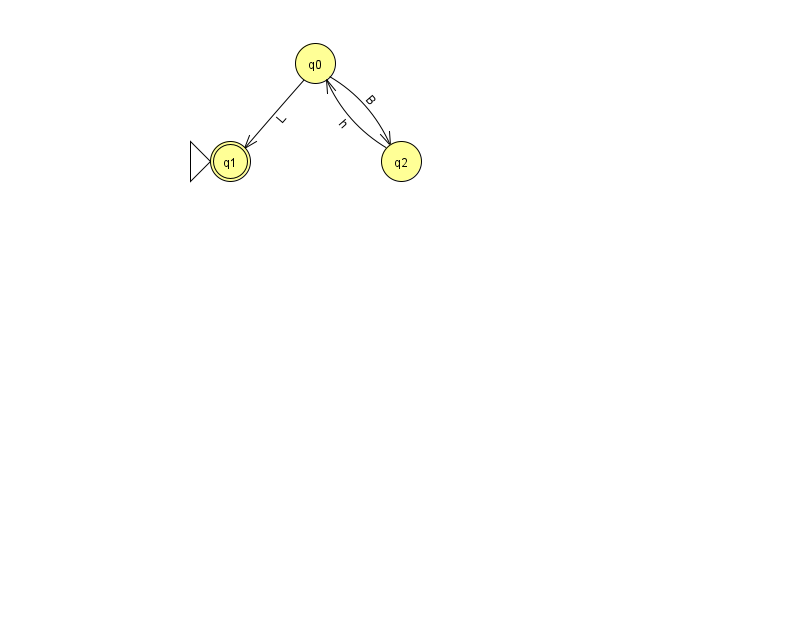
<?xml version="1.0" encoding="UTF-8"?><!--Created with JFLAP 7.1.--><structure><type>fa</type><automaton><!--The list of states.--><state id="0" name="q0"><x>315.0</x><y>50.0</y></state><state id="1" name="q1"><x>230.0</x><y>148.0</y><initial/><final/></state><state id="2" name="q2"><x>401.0</x><y>148.0</y></state><!--The list of transitions.--><transition><from>0</from><to>2</to><read>B</read></transition><transition><from>0</from><to>1</to><read>L</read></transition><transition><from>2</from><to>0</to><read>h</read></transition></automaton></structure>